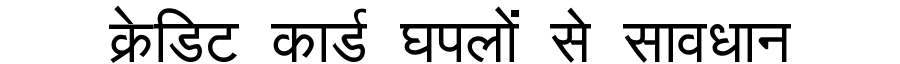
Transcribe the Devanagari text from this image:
क्रेडिट कार्ड घपलों से सावधान